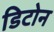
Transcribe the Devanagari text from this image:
डिटोन